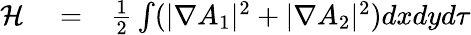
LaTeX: \begin{array}{rlr}{{\cal H}}&{{}=}&{\frac{1}{2}\int(|\nabla A_{1}|^{2}+|\nabla A_{2}|^{2})dxdyd\tau}\end{array}